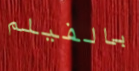
بالفيلم